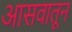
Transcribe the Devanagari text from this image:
आसवातून